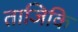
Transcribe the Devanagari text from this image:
ताजिकि